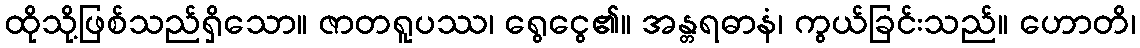
ထိုသို့ဖြစ်သည်ရှိသော။ ဇာတရူပဿ၊ ရွေငွေ၏။ အန္တရဓာနံ၊ ကွယ်ခြင်းသည်။ ဟောတိ၊